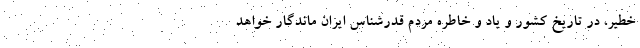
خطیر، در تاریخ کشور و یاد و خاطره مردم قدرشناس ایران ماندگار خواهد